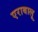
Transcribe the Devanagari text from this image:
एराबालू